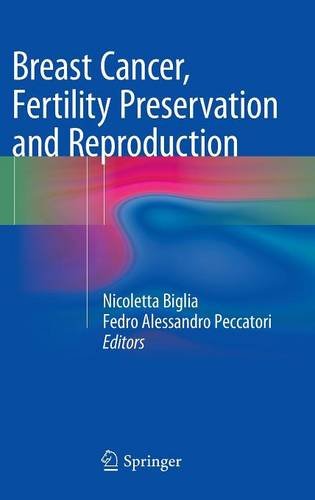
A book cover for Breast Cancer, Fertility Preservation and Reproduction; Health, Fitness & Dieting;